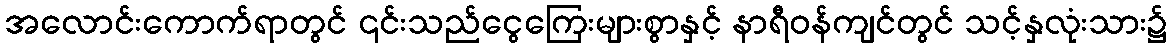
အလောင်းကောက်ရာတွင် ၎င်းသည်ငွေကြေးများစွာနှင့် နာရီဝန်ကျင်တွင် သင့်နှလုံးသား၌